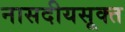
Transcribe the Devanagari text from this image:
नासदीयसूक्त